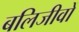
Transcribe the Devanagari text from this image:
बलिजीवों